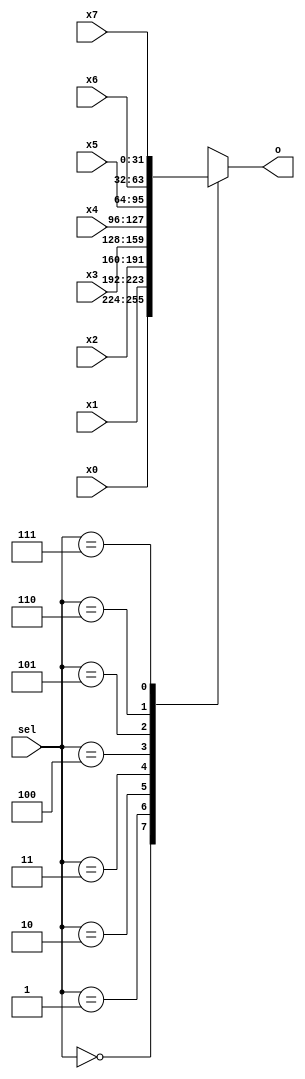
`timescale 1ns / 1ps

module mux8to1_32(
	input [31:0] x0,
	input [31:0] x1,
	input [31:0] x2,
	input [31:0] x3,
	input [31:0] x4,
	input [31:0] x5,
	input [31:0] x6,
	input [31:0] x7,
	input [2:0] sel,
	output reg[31:0] o );
	
	always @* begin
		case(sel)
			'b000: o = x0;
			'b001: o = x1;
			'b010: o = x2;
			'b011: o = x3;
			'b100: o = x4;
			'b101: o = x5;
			'b110: o = x6;
			'b111: o = x7;
		endcase
	end

endmodule